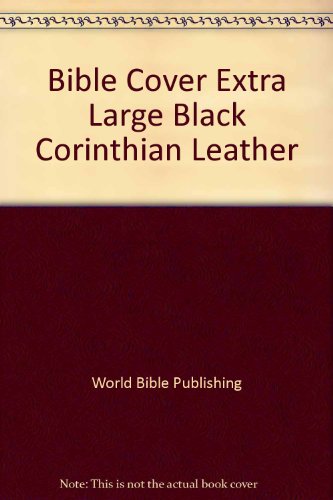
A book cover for Bible Cover Extra Large Black Corinthian Leather; World Bible Publishing; Christian Books & Bibles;